Report on lock hospitals in British Burma
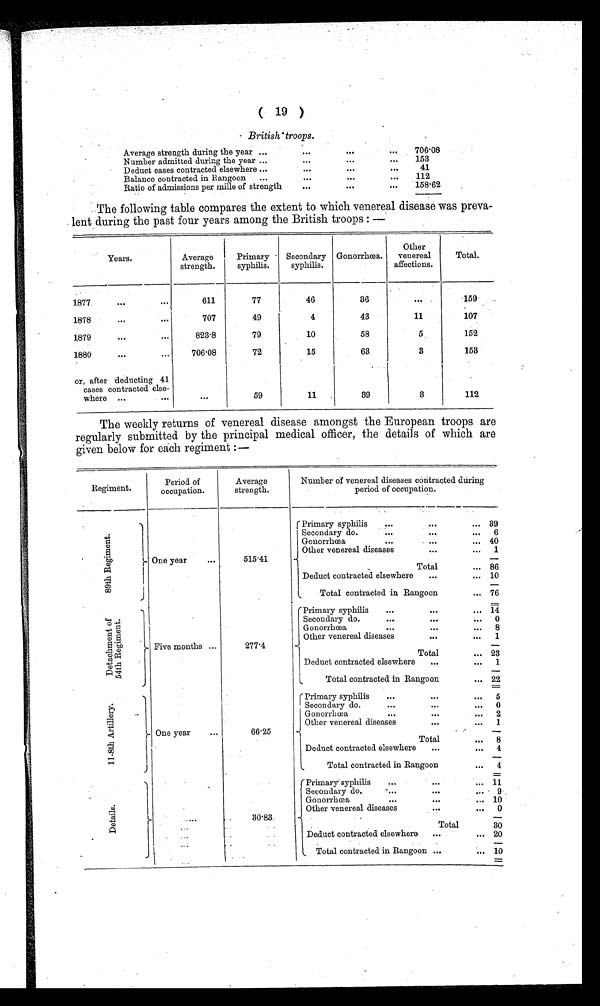
( 19 )
British' troops.
Average strength during the year ...
. . .
. . .
...
706.08
Number admitted durirg the year ...
. . .
. . .
... 153
Deduct cases contracted elsewhere ...
. . .
...
...
41
Balance contracted in Rangoon
...
...
. . .
... 112
Ratio of admissions per mille of strength
...
. . .
...
158.62
The following table compares the extent to which venereal disease was preva-
lent during the past four years among the British troops :
Years.
Average
strength.
Primary -
syphilis.
Secondary
syphilis.
Gonorrhœa.
Other
venereal
affections.
Total.
1877
. . .
...
611
77
46
36
. . .
159
1878
...
...
707
49
4
43
11
107
1879
. . .
...
823.8
79
10
58
5
152
1880
...
...
706.08
72
15
63
3
153
or, after deducting 41
cases contracted else-
where ...
...
...
59
11
39
3
112
The weekly returns of venereal disease amongst the European troops are
regularly submitted by the principal medical officer, the details of which are
given below for each regiment :—
Regiment.
Period of
occupation.
Average
strength.
Number of venereal diseases contracted during
period of occupation.
8 9 t h R e g i m e n t .
One year
...
515.41
Primary syphilis
...
Secondary do.
...
...
Gonorrhoea
...
Other venereal diseases
...
Total
Deduct contracted elsewhere
...
Total contracted in Rangoon
...
...
...
...
...
...
...
39
6
40
1
86
10
—
76
D e t a c h m e n t o f 5 4 t h R e g i m e n t .
Five months ...
277.4
Primary syphilis
...
...
Secondary do.
...
...
Gonor r hœa . . .
Other venereal diseases
. . .
Total
Deduct contracted elsewhere
...
Total contracted in Rangoon
...
...
...
...
...
...
140
8
1
—
23
1
22
1 1 - 8 t h A r t i l l e r y .
One year
...
66.25
Primary syphilis
...
...
Secondary do.
...
. . .
Gonorrhœa
...
. . .
Other venereal diseases
...
Total
Deduct contracted elsewhere
...
Total contracted in Rangoon
...
...
...
...
...
...
...
= _
_
5
0
2
1
—
8
4
4
D e t a i l s .
. . .
. . .
. . .
. . .
30 . 83.
Primary syphilis
... ...
Secondary do.
...
. . .
Gonorrhœa
...
. . .
Other venereal diseases
Total
Deduct contracted elsewhere
...
Total contracted in Rangoon ...
....
...
...
...
...
11
10
0
30
20
—
10